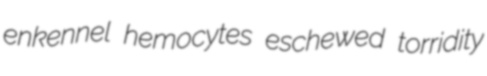
enkennel hemocytes eschewed torridity